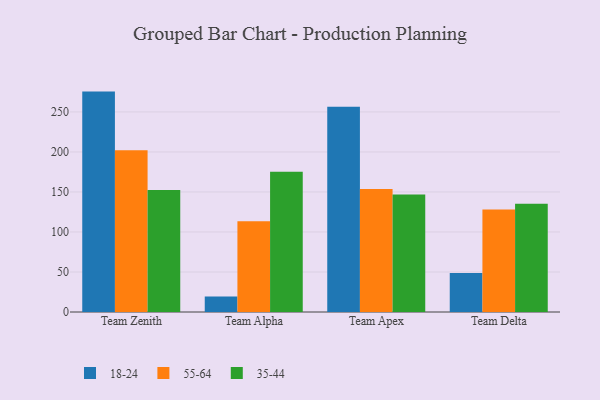
{"axis": {"x": "Team", "y": "LTV (USD)"}, "legend": ["18-24", "35-44", "55-64"], "data": [{"x": "Team Zenith", "y": 275.4, "type": "18-24"}, {"x": "Team Zenith", "y": 202.0, "type": "55-64"}, {"x": "Team Zenith", "y": 152.5, "type": "35-44"}, {"x": "Team Alpha", "y": 19.4, "type": "18-24"}, {"x": "Team Alpha", "y": 113.5, "type": "55-64"}, {"x": "Team Alpha", "y": 175.4, "type": "35-44"}, {"x": "Team Apex", "y": 256.4, "type": "18-24"}, {"x": "Team Apex", "y": 153.7, "type": "55-64"}, {"x": "Team Apex", "y": 146.9, "type": "35-44"}, {"x": "Team Delta", "y": 48.7, "type": "18-24"}, {"x": "Team Delta", "y": 128.2, "type": "55-64"}, {"x": "Team Delta", "y": 135.3, "type": "35-44"}]}